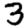
Digit: 3